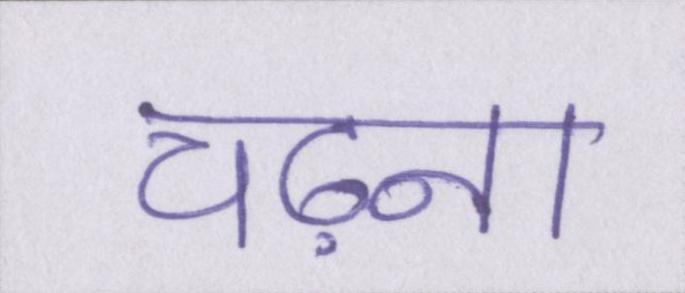
चढ़ना